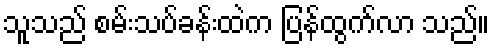
သူသည် စမ်းသပ်ခန်းထဲက ပြန်ထွက်လာ သည်။